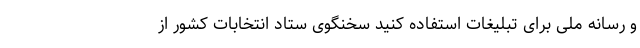
و رسانه ملی برای تبلیغات استفاده کنید سخنگوی ستاد انتخابات کشور از